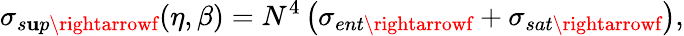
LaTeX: \sigma_{s\mathbf{u}p\rightarrowf}(\eta,\beta)=N^{4}\left(\sigma_{ent\rightarrowf}+\sigma_{sat\rightarrowf}\right),